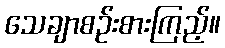
သေချာစဉ်းစားကြည့်။